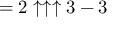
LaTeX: = 2 \uparrow \uparrow \uparrow 3 - 3